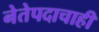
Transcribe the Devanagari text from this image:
नेतेपदाचाही